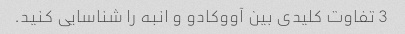
3 تفاوت کلیدی بین آووکادو و انبه را شناسایی کنید.